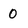
Character: 0